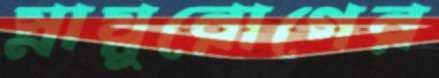
স্নায়ুরোগের